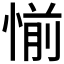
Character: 𰑹